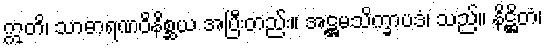
ဣတိ၊ သာဓာရဏဝိနိစ္ဆယ အပြီးတည်း။ အဋ္ဌမသိက္ခာပဒံ၊ သည်။ နိဋ္ဌိတံ၊